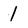
Character: 1